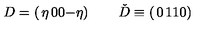
D = \left( \begin{matrix} { \eta } & { 0 } \\ { 0 } & { - \eta } \\ \end{matrix} \right) \qquad \check { D } \equiv \left( \begin{matrix} { 0 } & { 1 } \\ { 1 } & { 0 } \\ \end{matrix} \right)